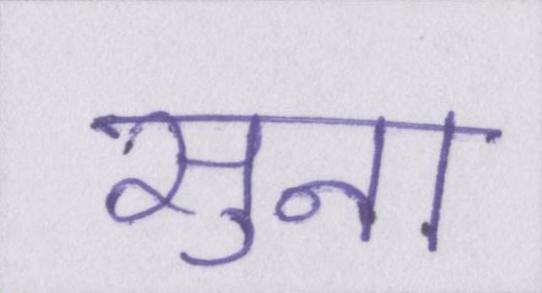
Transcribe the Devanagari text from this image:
सुना